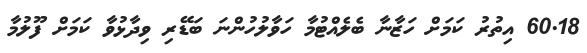
60.18 އިތުރު ކަމަށް ހަޒާނާ ބެލެއްޓުމާ ހަވާލުހުންނަ ބަޑޭރި ވިދާޅުވާ ކަމަށް ފޫލުމާ